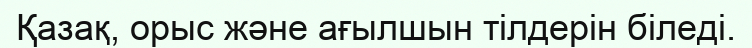
Қазақ, орыс және ағылшын тілдерін біледі.